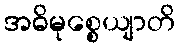
အဓိမုစ္စေယျာတိ